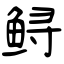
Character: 鲟